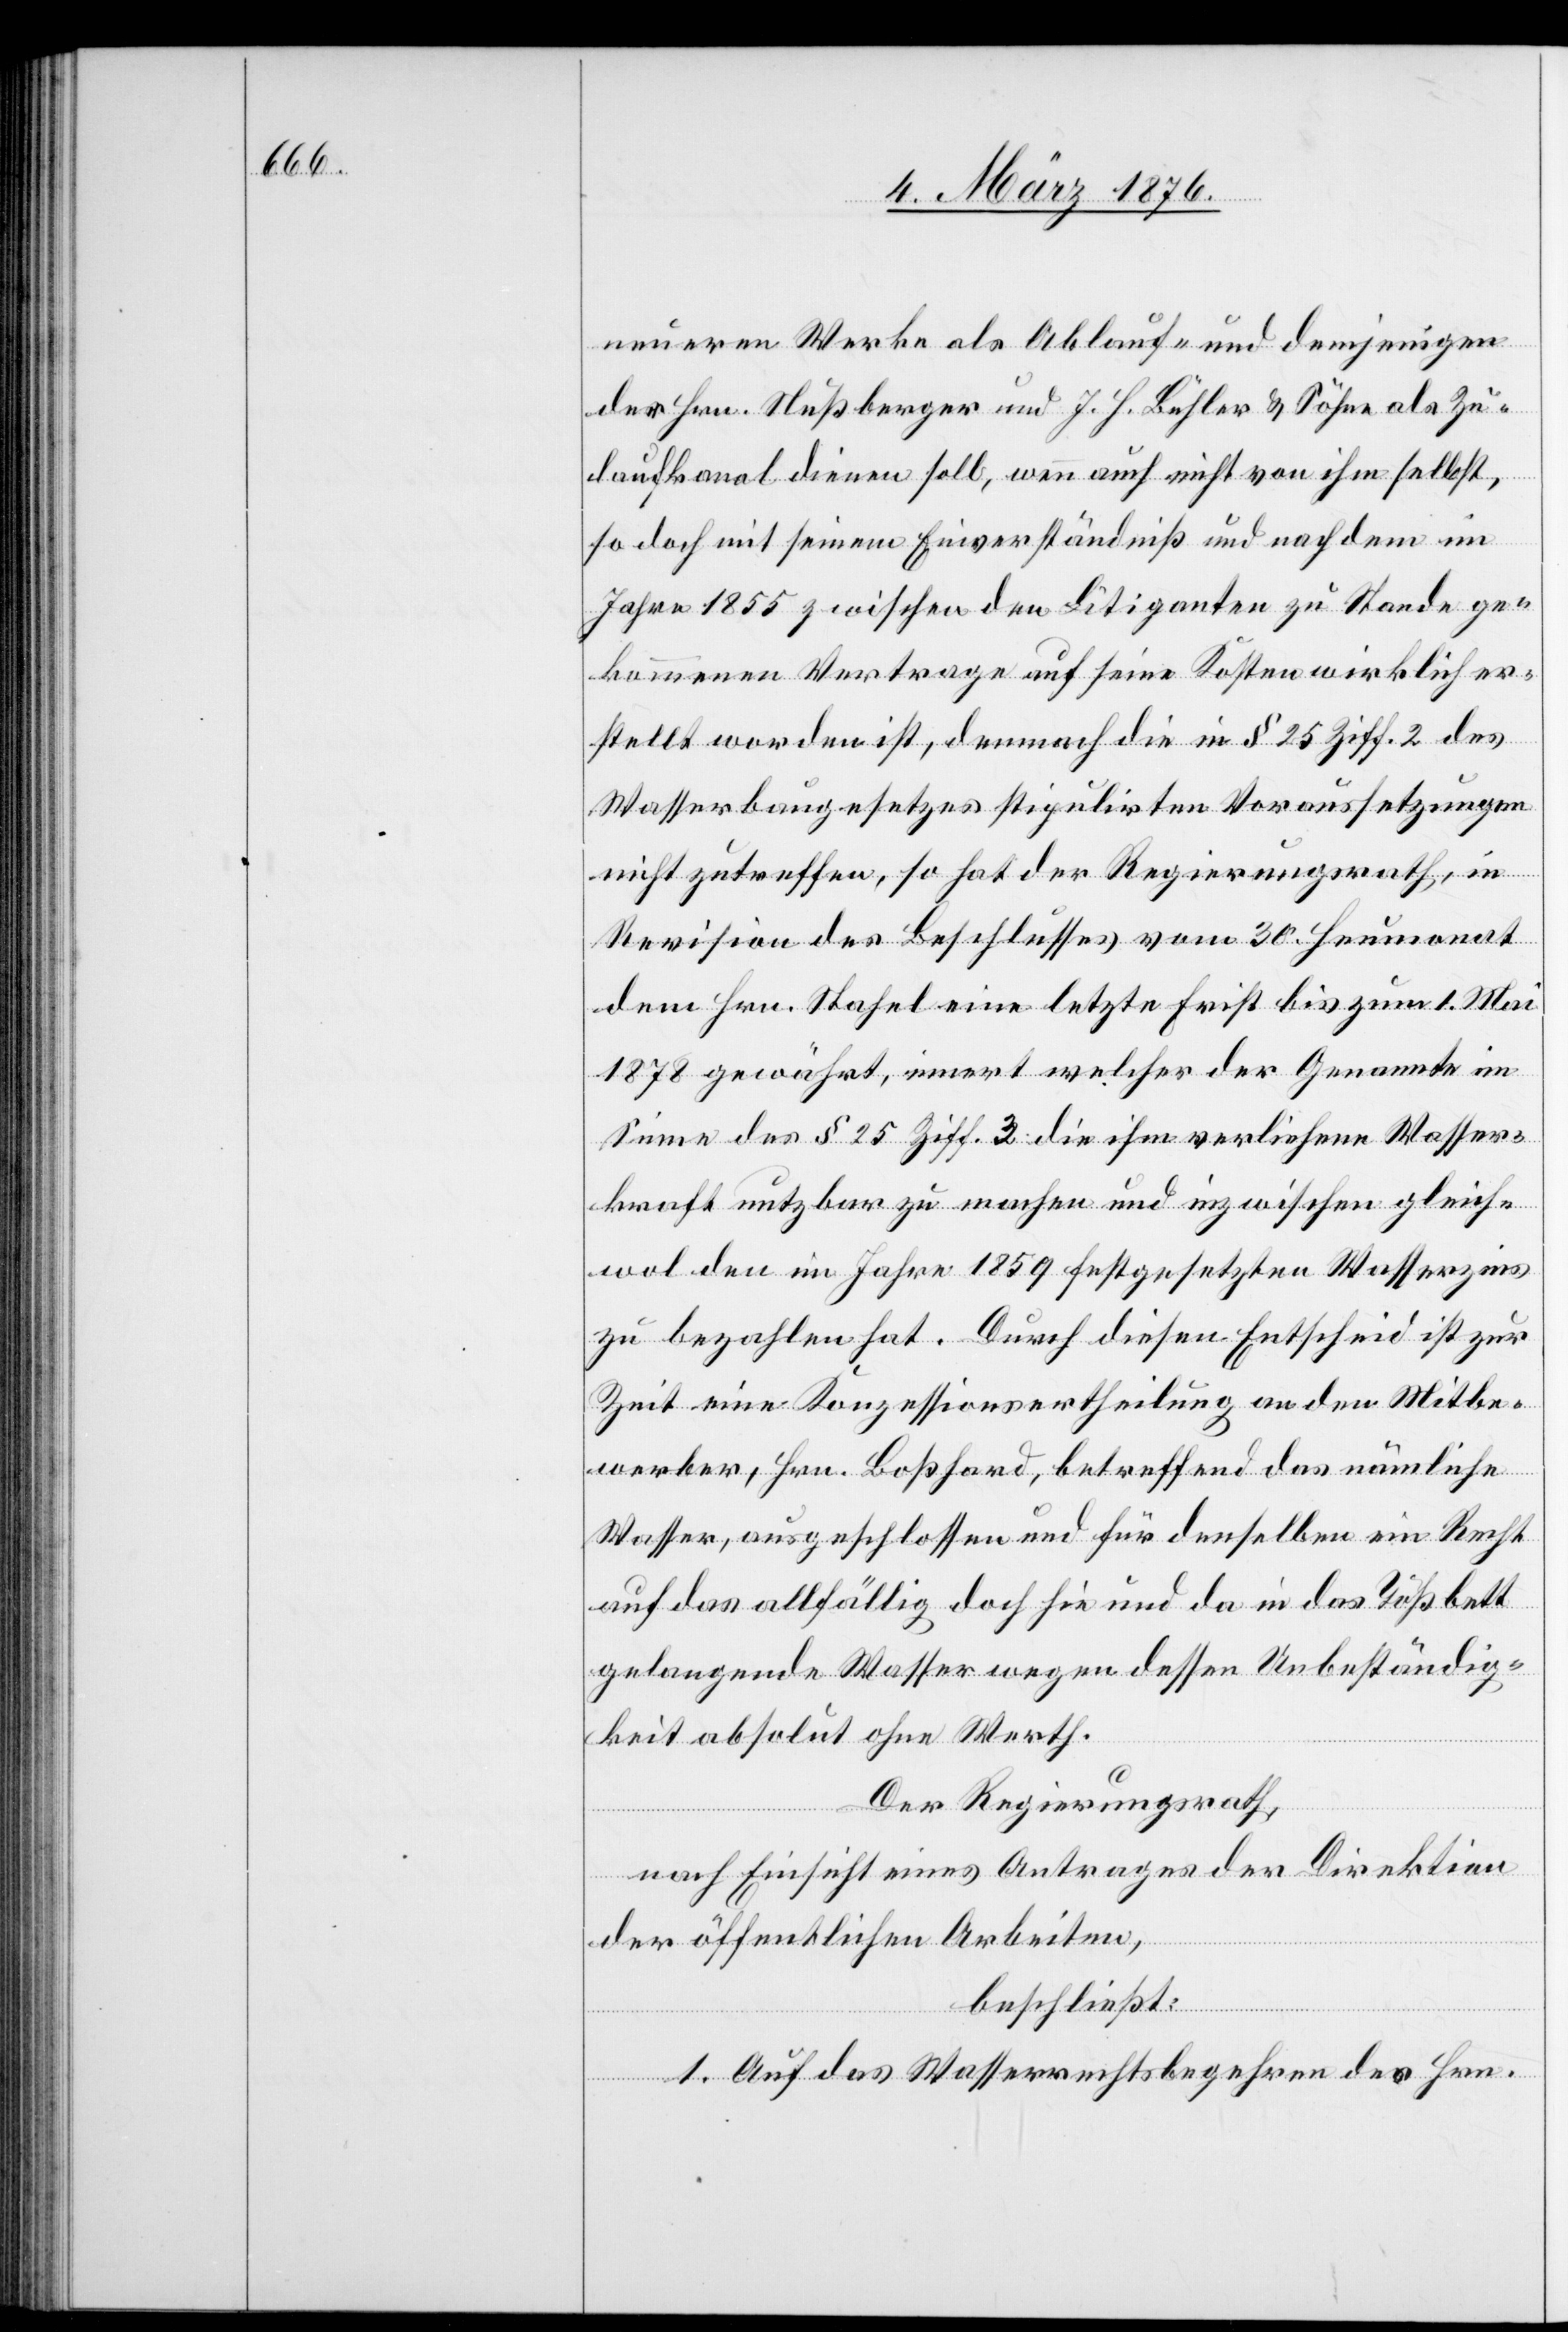
neueren Werke als Ablauf- und demjenigen
Hrn. Nußberger und J. H. Bühler & Söhne als Zu¬
laufkanal dienen soll, wenn auch nicht von ihm selbst,
so doch mit seinem Einverständniß und nach dem im
Jahre 1855 zwischen den Litiganten zu Stande ge¬
kommenen Vertrage auf seine Kosten wirklich er¬
stellt worden ist, demnach die in § 25 Ziff. 2 des
Wasserbaugesetzes stipulirten Voraussetzungen
nicht zutreffen, so hat der Regierungsrath, in
Revision des Beschlusses vom 30. Heumonat
dem Hrn. Stahel eine letzte Frist bis zum 1. Mai
1878 gewährt, innert welcher der Genannte im
Sinne des § 25 Ziff. 3 die ihm verliehene Wasser¬
kraft nutzbar zu machen und inzwischen gleich¬
wol den im Jahre 1859 festgesetzten Wasserzins
zu bezahlen hat. Durch diesen Entscheid ist zur
Zeit eine Konzessionsertheilung an den Mitbe¬
werber, Hrn. Boßhard, betreffend das nämliche
Wasser, ausgeschlossen und für denselben ein Recht
auf das allfällig doch hie und da in das Tößbett
gelangende Wasser wegen dessen Unbeständig¬
keit absolut ohne Werth.
Der Regierungsrath,
nach Einsicht eines Antrages der Direktion
der öffentlichen Arbeiten,
beschließt:
1. Auf das Wasserrechtsbegehren des Hrn.